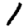
Digit: 1